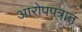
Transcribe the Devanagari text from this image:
आरोपपत्रात